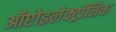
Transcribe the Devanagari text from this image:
ऑप्टोइलेक्ट्रॉनिक